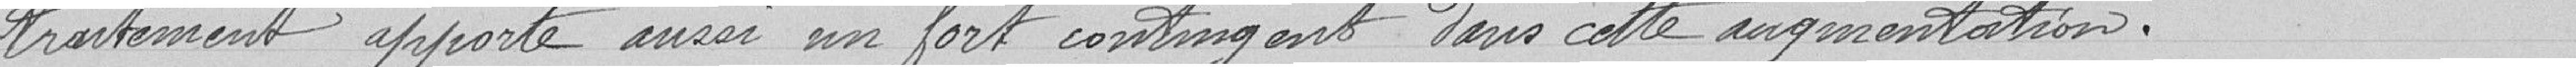
traitement apporte aussi un fort contingent dans cette augmentation.